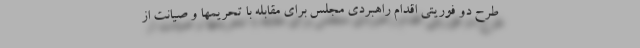
طرح دو فوریتی اقدام راهبردی مجلس برای مقابله با تحریمها و صیانت از